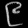
Digit: ၉